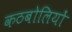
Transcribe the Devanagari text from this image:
कठबोलियों